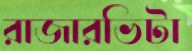
রাজারভিটা